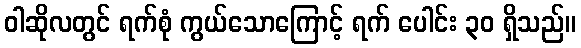
ဝါဆိုလတွင် ရက်စုံ ကွယ်သောကြောင့် ရက် ပေါင်း ၃၀ ရှိသည်။